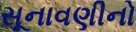
સૂનાવણીનો